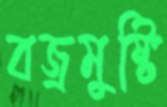
বজ্রমুষ্টি